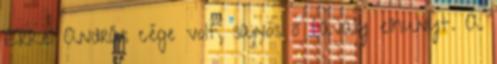
Erkel András cége volt, sajnos ő tavaly elhunyt. A